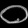
Digit: ၀